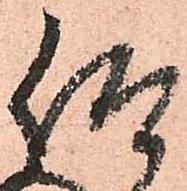
仰